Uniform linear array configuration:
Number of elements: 48
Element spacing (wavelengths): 0.5
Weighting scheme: kaiser
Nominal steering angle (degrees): -15
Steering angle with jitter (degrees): -14.349
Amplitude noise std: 0.05
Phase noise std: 0.05

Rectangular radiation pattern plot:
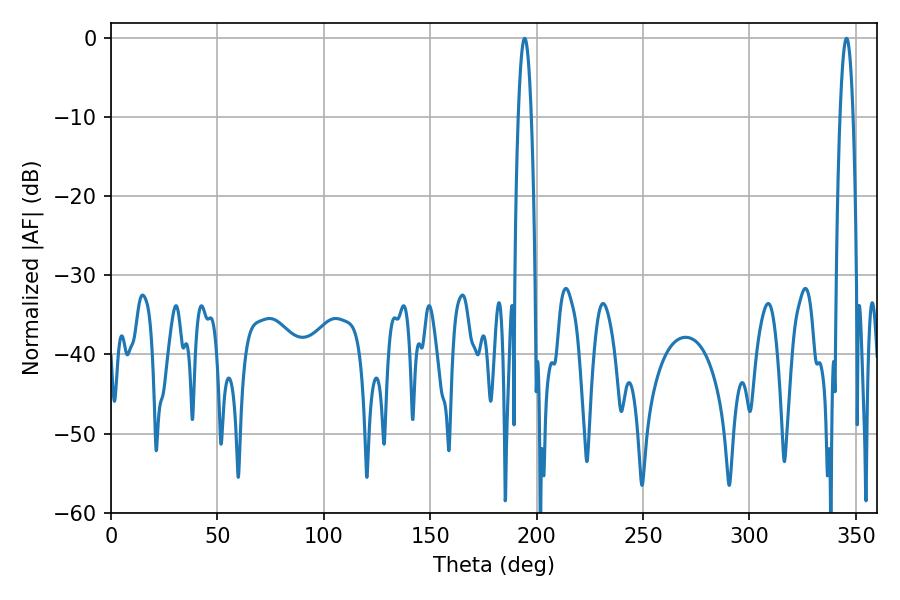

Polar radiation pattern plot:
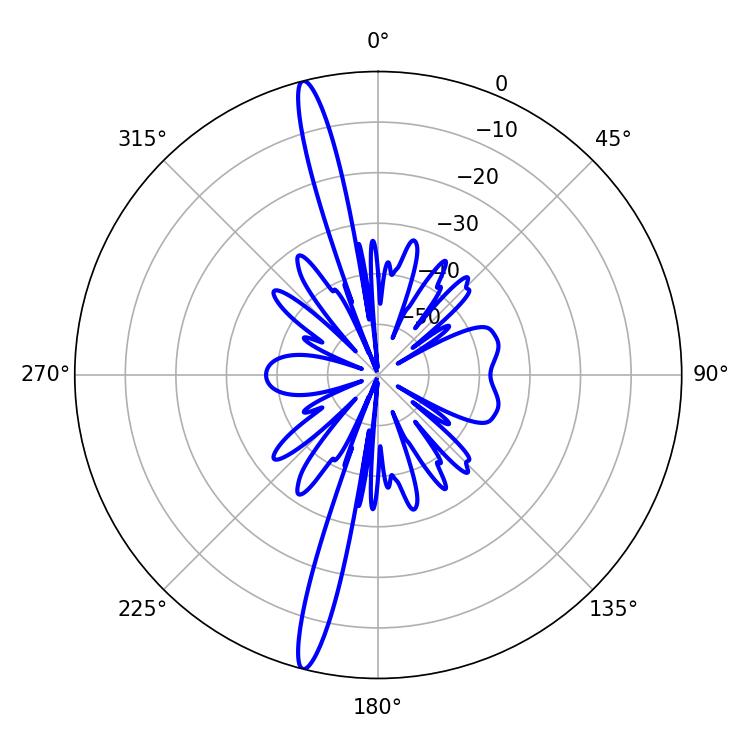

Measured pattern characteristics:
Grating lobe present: FALSE
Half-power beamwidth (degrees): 3.24
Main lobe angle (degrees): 194.4